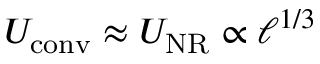
U _ { \mathrm { c o n v } } \approx U _ { \mathrm { N R } } \propto \ell ^ { 1 / 3 }